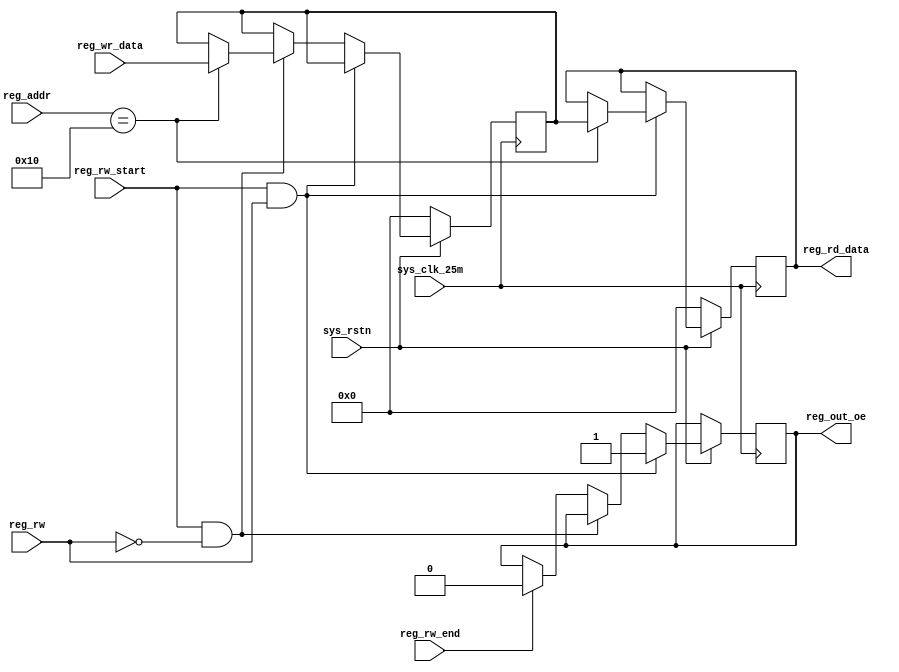
//*****************************
// name: reg_interface.v
// module: reg_interface
// description:
//
// version:
// ****************************
module reg_interface(
	sys_clk_25m	,
	sys_rstn	,
	reg_addr	,
	reg_wr_data	,
	reg_rd_data ,
	reg_rw_start	,
	reg_rw_end	,
	reg_out_oe	,
	reg_rw	
);
input sys_clk_25m	;
input sys_rstn	;
input [7:0] reg_addr	;
input	[7:0] reg_wr_data	;
input reg_rw	;
input reg_rw_start	;
input reg_rw_end	;
output reg_out_oe	;
output [7:0] reg_rd_data	;

//parameter  Define
parameter REG_WIDTH = 8;

//
`define FILTER_CONTROL_ADDR	7'h10
// register define
reg [REG_WIDTH-1:0] fiter_ctrl	;
reg [REG_WIDTH-1:0] reg_rd_data_buf	;
reg reg_out_oe	;

assign reg_rd_data = reg_rd_data_buf;


always @(posedge sys_clk_25m)
begin
	if(~sys_rstn)
	begin
		fiter_ctrl = 7'h00;
		reg_rd_data_buf = 7'h00;
	end
	else
	if(reg_rw_start && reg_rw)
	//read
	begin
	case(reg_addr)
	`FILTER_CONTROL_ADDR:
		begin
			reg_rd_data_buf = fiter_ctrl;
		end
	
	
	endcase
	reg_out_oe = 1;
	end
	else
	if(reg_rw_start && ~reg_rw)
	//write
	begin
	case(reg_addr)
	`FILTER_CONTROL_ADDR:
		begin
			fiter_ctrl = reg_wr_data;
		end
	
	endcase
	end
	else
	if(reg_rw_end)
		reg_out_oe = 0;
end

endmodule